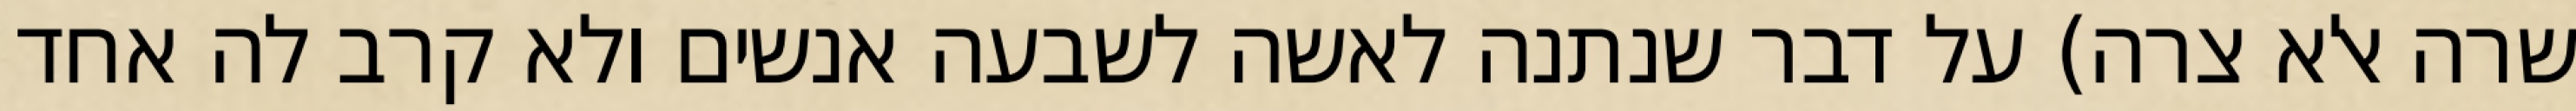
שרה אלא צרה) על דבר שנתנה לאשה לשבעה אנשים ולא קרב לה אחד